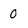
Character: 0